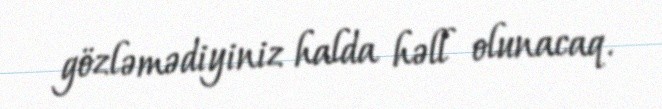
gözləmədiyiniz halda həll olunacaq.